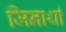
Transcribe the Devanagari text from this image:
जिनार्था